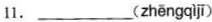
11.___( zhēngqī )